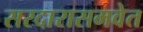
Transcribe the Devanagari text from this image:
सरदारासमवेत